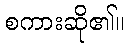
စကားဆို၏။